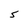
Character: S